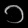
Digit: ၁